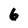
Character: 6